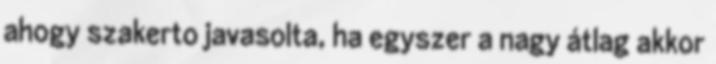
ahogy szakerto javasolta, ha egyszer a nagy átlag akkor